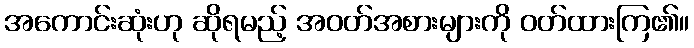
အကောင်းဆုံးဟု ဆိုရမည့် အဝတ်အစားများကို ဝတ်ထားကြ၏။